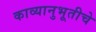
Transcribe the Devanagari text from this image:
काव्यानुभूतीचे